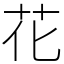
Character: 花